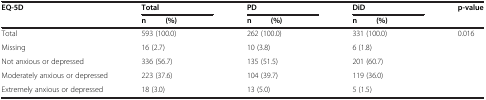
| EQ-5D | <COLSPAN=2> Total | <COLSPAN=2> PD | <COLSPAN=2> DiD | p-value |
 |  | n | (%) | n | (%) | n | (%) |  |
 | --- | --- | --- | --- | --- | --- | --- | --- |
 | Total | <COLSPAN=2> 593 (100.0) | <COLSPAN=2> 262 (100.0) | <COLSPAN=2> 331 (100.0) | <ROWSPAN=4> 0.016 |
 | Missing | <COLSPAN=2> 16 (2.7) | <COLSPAN=2> 10 (3.8) | <COLSPAN=2> 6 (1.8) |
 | Not anxious or depressed | <COLSPAN=2> 336 (56.7) | <COLSPAN=2> 135 (51.5) | <COLSPAN=2> 201 (60.7) |
 | Moderately anxious or depressed | <COLSPAN=2> 223 (37.6) | <COLSPAN=2> 104 (39.7) | <COLSPAN=2> 119 (36.0) |
 | Extremely anxious or depressed | <COLSPAN=2> 18 (3.0) | <COLSPAN=2> 13 (5.0) | <COLSPAN=2> 5 (1.5) |  |